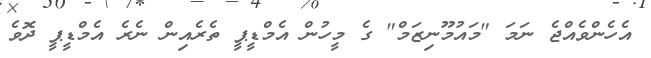
އެހެންވެއްޖެ ނަމަ "މައުމޫނިޒަމް" ގެ މީހުން އެމްޑީޕީ ތެރެއިން ނެރެ އެމްޑީޕީ ދޮވެ